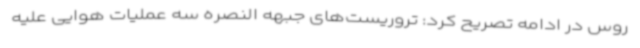
روس در ادامه تصریح کرد: تروریست‌های جبهه النصره سه عملیات هوایی علیه